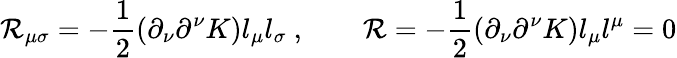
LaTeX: \mathcal{R}_{\mu\sigma}=-{\frac{{1}}{{2}}}(\partial_{\nu}\partial^{\nu}K)l_{\mu}l_{\sigma}\ ,\qquad\mathcal{R}=-{\frac{{1}}{{2}}}(\partial_{\nu}\partial^{\nu}K)l_{\mu}l^{\mu}=0